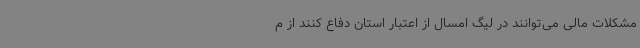
مشکلات مالی می‌توانند در لیگ امسال از اعتبار استان دفاع کنند از م